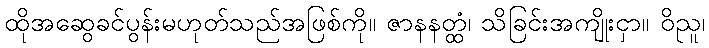
ထိုအဆွေခင်ပွန်းမဟုတ်သည်အဖြစ်ကို။ ဇာနနတ္ထံ၊ သိခြင်းအကျိုးငှာ။ ဝိညူ၊